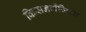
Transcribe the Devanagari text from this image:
किसनगॅँजिया